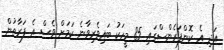
އަދި އެ ކޮންފަރެންސްގައި 85 މީހަކު ބައިވެރިވާނެ ކަމަށް ވެސް އެ ފަރާތުން